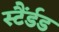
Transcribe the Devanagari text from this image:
स्टैंर्डड